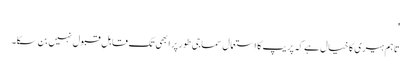
'
تاہم ہیری کا خیال ہے کہ پریپ کا استعمال سماجی طور پر ابھی تک قابلِ قبول نہیں بن سکا۔